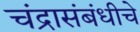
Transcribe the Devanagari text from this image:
चंद्रासंबंधीचे